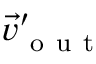
\vec { v } _ { \mathrm { ~ o ~ u ~ t ~ } } ^ { \prime }